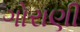
ગોરાણી